King Institute of Preventive Medicine Micro-Biological Section reports 1909-11
Year: 1909
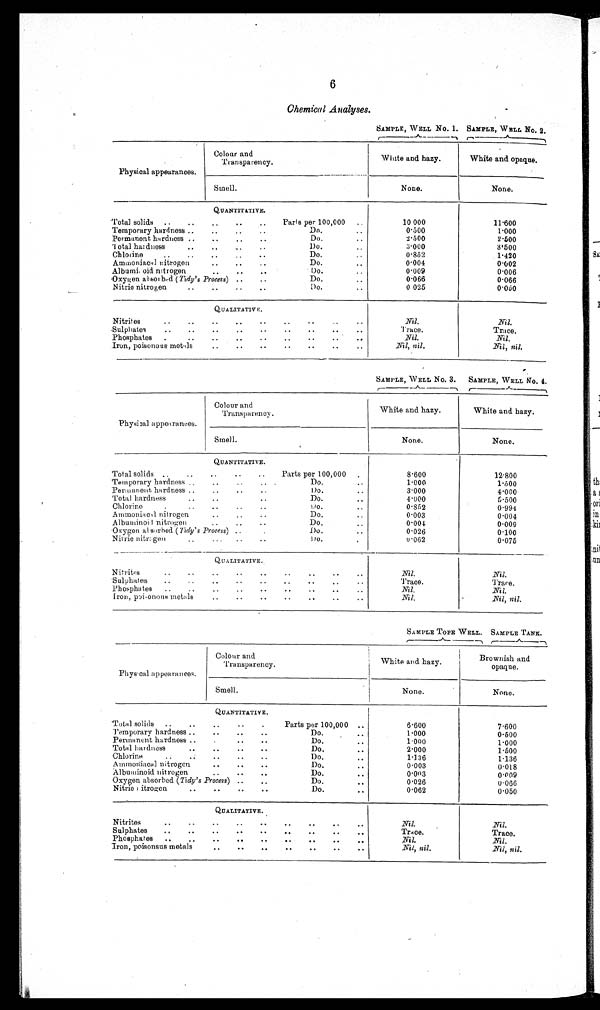
6
Chemical Analyses.
SAMPLE, WELL No. 1. SAMPLE, WELL No. 2.
Physical appearances.
Colour and
T r an sp a re ncy .
White and hazy.
White and opaque.
Smell.
None.
None.
QUANTITATIVE.
Total solids
..
..
..
..
..
Parts per 100,000
..
10 000
11.600
Temporary hardness ..
..
..
Dn.
..
0.500
1.000
Permanent hardness ..
..
...
..
Do.. 2.500
2.500
Total hardness .. ..
Do.
.
3.000
3.500
Chlorine
..
..
..
..
..
Do.
..
0.852
1.420
Ammoniacal nitrogen
..
..
..
Do.
..
0.004
0.002
Albumi oid nitrogen
..
..
..
Do.
0.009
0.006
Oxygen absorded ( Tidy's Process) ..
..
Do.
..
0.066
0.066
Nitrio nitrogen
..
..
..
..
Do.
..
0.025
0.060
QUALITATIVE.
Nitrites
..
..
..
..
..
..
..
..
..
Nil.
Nil.
Sulphates .. .. .. .. . .
..
. . . . . .
T r a c e .
T r a c e .
Phosphates
.
..
..
..
..
..
..
..
..
Nil.
Nil.
Iron, poisonous metals
..
..
. .
..
..
..
..
Nil, nil.
Nil, nil.
SAMPLE, WELL No. 3.
SAMPLE, WELL NO. 4.
Physica1 appearances.
Colour and
Transparency.
White and hazy.
White and hazy.
Smell.
None.
None.
QUANTITATIVE.
Total solids .. .. .. .. ..
Parts per 100,000
.
8.600
12.800
Temporary hardness ..
. ..
Do...
1.000
1-500
Permanent hardness ..
..
..
Do...
3.000
4.000
Total hardness.. ..
..
Do. . .
4.000
5.500
Chlorine .. .. .. ..
Do.
0.852
0.994
Ammoniacal nitrogen..
..
..
Do.
. .
0.003
0.004
Albuntinoid -nitrogen..
..
..
Do.
0.001
0.009
Oxygen alsorhed (Tidy's Process) ..
Do.
..
0.026
0.100
Nitric nitrogen.
. . . . . . . .
Do.
0.062
0.075
QU A LITA TIVE .
Ni trites
..
..
..
..
..
..
..
..
..
Nil.
Nil.
Sulphates
..
..
. .. .. ..
..
..
..
..
Trace.
T r a c e .
Phosphates
..
..
..
..
..
..
..
..
..
Nil.
Nil.
Iron, poi-onous metals
_
..
..
..
..
. . . .
Nil.
Nil, nil.
SAMPLE TOPE WELL. SAMPLE TANK.
Physical appearances.
Colour and
Transparency.
White and hazy.
Brownish and
opaque.
Smell.
None.
None.
QUANTITATIVE.
Total solids
..
..
..
..
.
Parts per 100,000 ..
6.600
7.600
Temporary hardness ..
..
..
..
Do.
..
1.000
0.500
Permanent hardness ..
..
..
Do.
1.000
1.000
Total hardness..
..
..
..
Do.
..
2.000
1.500
Chlorine
..
..
..
..
Do.
1.336
1.136
Ammoniacal nitrogen
..
..
..
Do.
..
0.003
0.018
Albuminoid nitrogen
..
..
..
Do.
..
0.003
0.009
Oxygen absorbed ( Tidy's Process) ..
..
Do.
..
0.026
0.066
Nitric nitrogen
..
..
. . ..
Do.
..
0.062
0.050
QUALITATIVE.
Nit rites
-
..
..
..
..
..
.4
. . ..
Nil.
Nil.
Sulphates
..
..
..
..
..
.. ..
..
..
Trace.
Trace.
Phosphates
..
..
..
..
.,
..
..
..
..
Nil.
Nil.
Iron, poisonous metals
..
..
..
..
..
..
. .
Nil, nil.
Nil, nil.